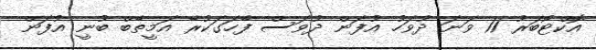
އޮކްޓޯބަރު 11 ވަނަ ދުވަހު އުފަން ދުވަސް ފާހަގަކުރާ އަމީތާބް ބުނީ އުފަން